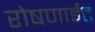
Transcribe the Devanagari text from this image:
रोषणाईत